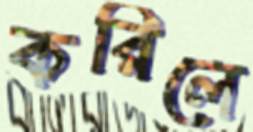
করিলে